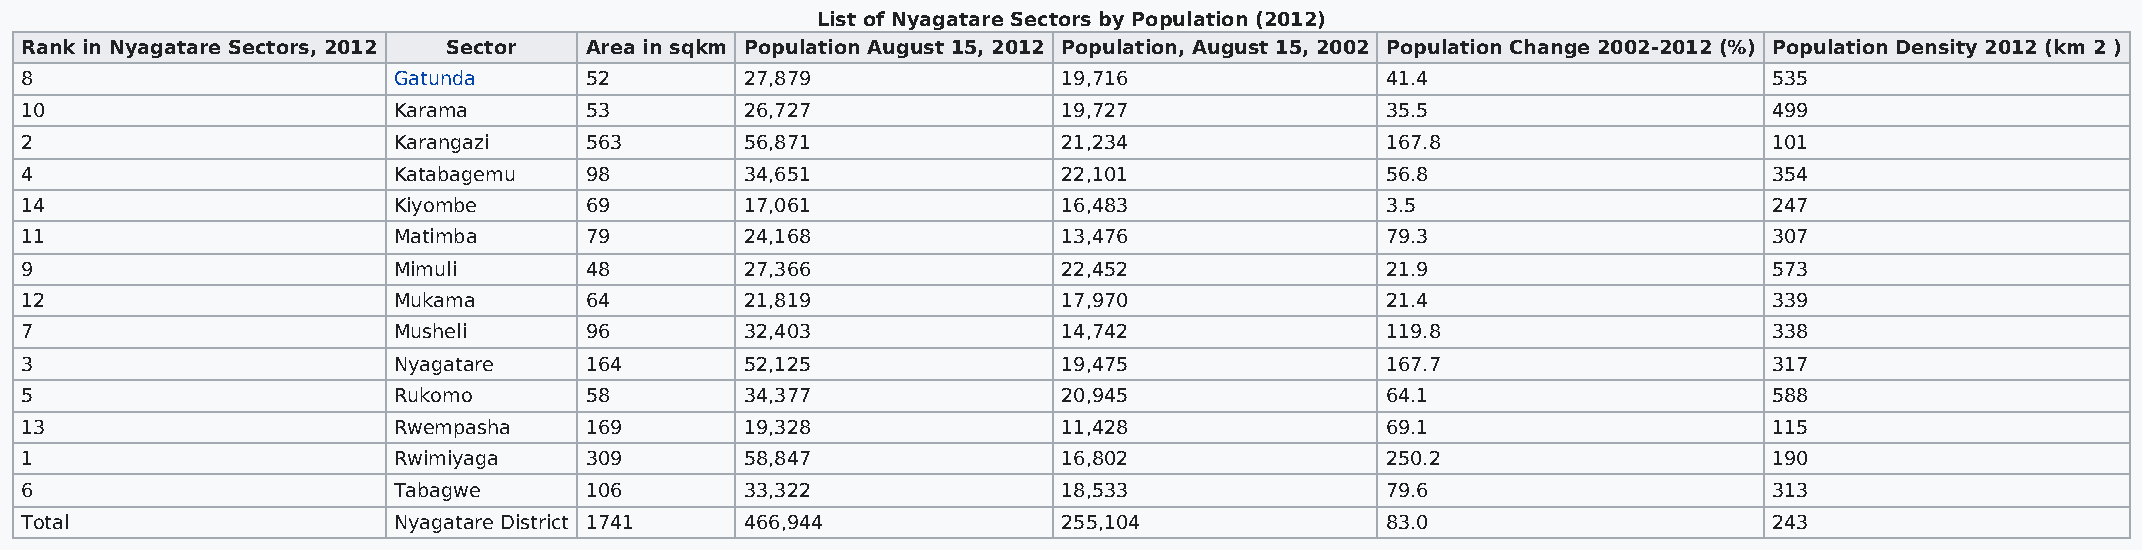
List of Nyagatare Sectors by Population (2012)
 Rank in Nyagatare Sectors, 2012 Sector Area in sqkm Population August 15, 2012 Population, August 15, 2002 Population Change 2002-2012 (%) Population Density 2012 (km 2 )
 8                        Gatunda      52        27,879               19,716                41.4                     535
 10                       Karama       53        26,727               19,727                35.5                     499
 2                        Karangazi    563       56,871               21,234                167.8                    101
 4                        Katabagemu   98        34,651               22,101                56.8                     354
 14                       Kiyombe      69        17,061               16,483                3.5                      247
 11                       Matimba      79        24,168               13,476                79.3                     307
 9                        Mimuli       48        27,366               22,452                21.9                     573
 12                       Mukama       64        21,819               17,970                21.4                     339
 7                        Musheli      96        32,403               14,742                119.8                    338
 3                        Nyagatare    164       52,125               19,475                167.7                    317
 5                        Rukomo       58        34,377               20,945                64.1                     588
 13                       Rwempasha    169       19,328               11,428                69.1                     115
 1                        Rwimiyaga    309       58,847               16,802                250.2                    190
 6                        Tabagwe      106       33,322               18,533                79.6                     313
 Total                    Nyagatare District 1741 466,944             255,104               83.0                     243